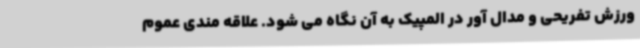
ورزش تفریحی و مدال آور در المپیک به آن نگاه می شود. علاقه مندی عموم